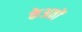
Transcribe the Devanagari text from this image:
केअतों